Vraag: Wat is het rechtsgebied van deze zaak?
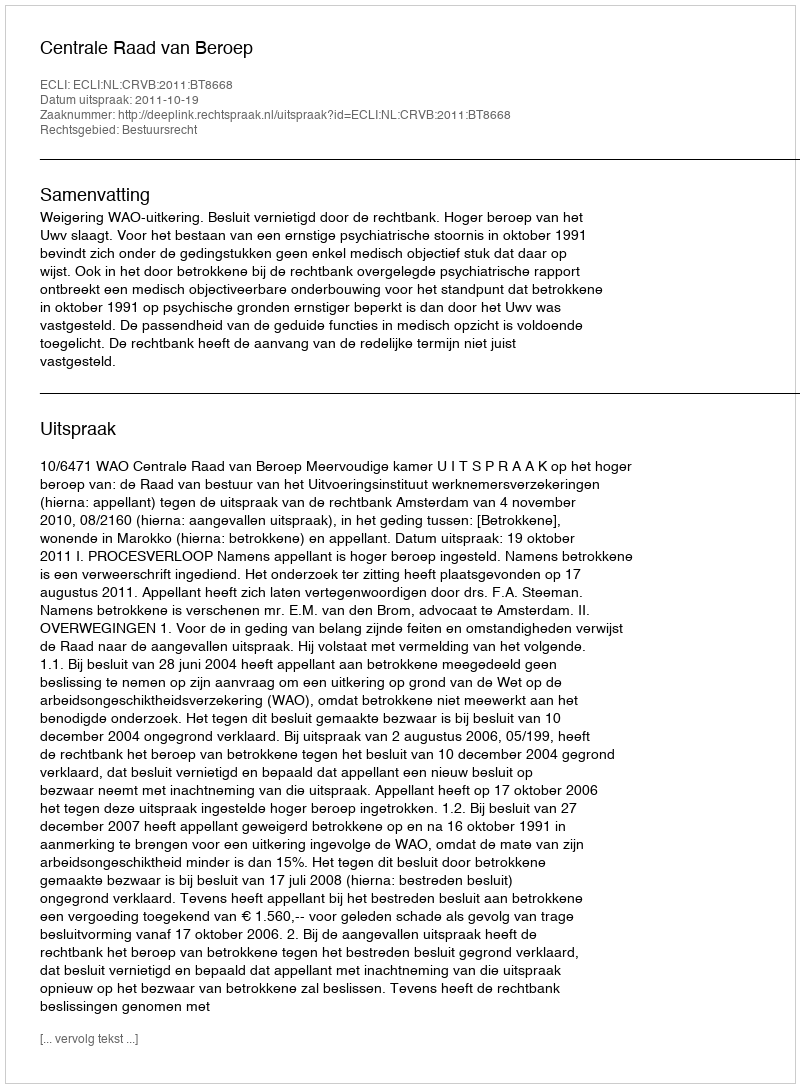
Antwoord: Bestuursrecht